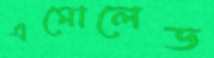
এমোলেড